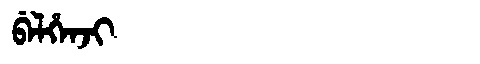
Manchu: ᠪᡝᠯᡥᡝᠨᠵᡳ
Romanization: BELHENJI